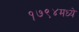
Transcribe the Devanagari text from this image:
१७९४मध्ये